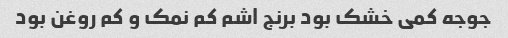
جوجه کمی خشک‌ بود برنج اشم کم نمک و کم روغن بود